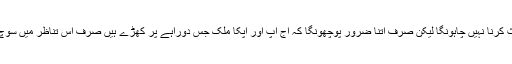
دوستو آپ نے آج تک جو بھی فیصلے کئیے میں انکی صحت پر کوئی بحث کرنا نہیں چاہونگا لیکن صرف اتنا ضرور پوچھونگا کہ آج آپ اور آپکا ملک جس دوراہے پر کھڑے ہیں صرف اس تناظر میں سوچ کر بتائیں کہ آپکے ماضی کے فیصلے اس سلسلے میں کتنے معتبر تھے۔